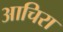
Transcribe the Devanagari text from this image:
आचिरा